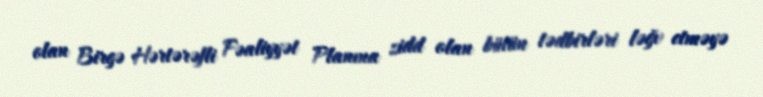
olan Birgə Hərtərəfli Fəaliyyət Planına zidd olan bütün tədbirləri ləğv etməyə